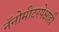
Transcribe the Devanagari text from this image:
नॅनोमीटरपेक्षाही